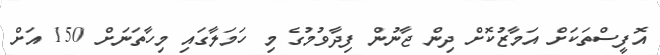
އޮފީސްތަކަށް އަމާޒުކޮށް ދިން ޖާނުން ފިދާވުމުގެ މި ހަމަލާގައި މިހާތަނަށް 150 އަށް